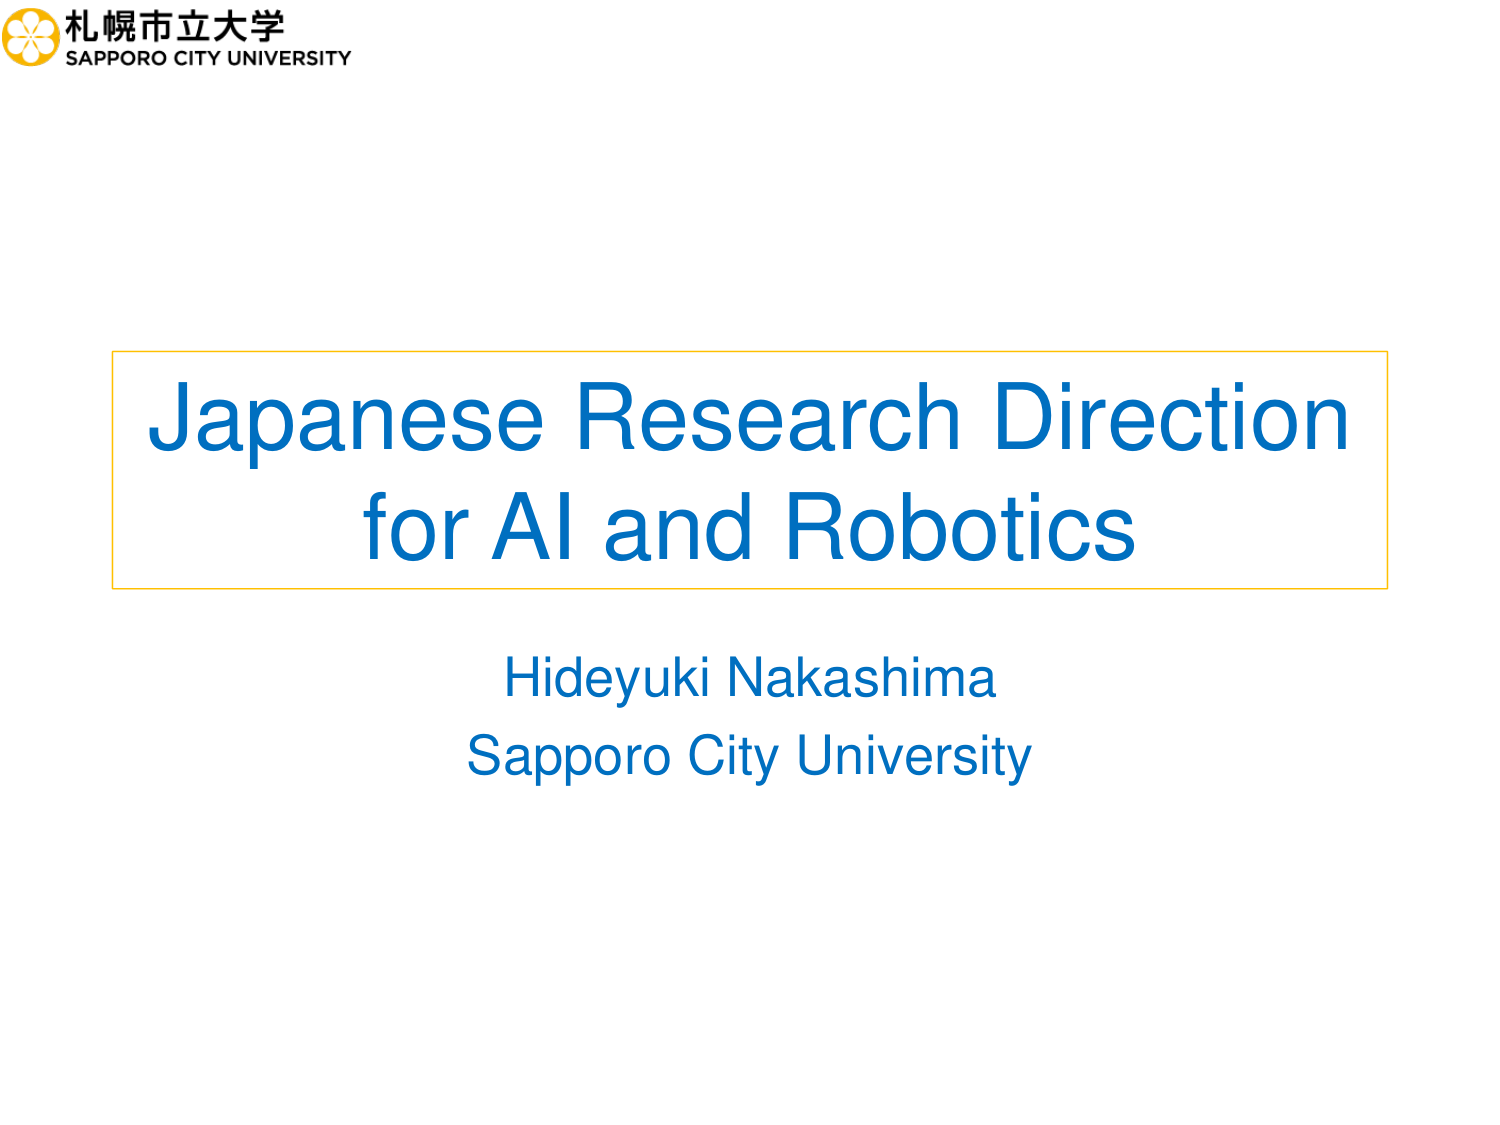
札幌市立大学
SAPPORO CITY UNIVERSITY

Japanese Research Direction
for AI and Robotics

Hideyuki Nakashima
Sapporo City University